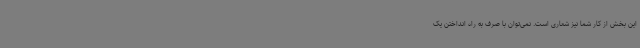
این بخش از کار شما نیز شعاری است. نمی‌توان با صرف به راه انداختن یک